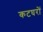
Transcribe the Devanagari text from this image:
कटघरों